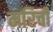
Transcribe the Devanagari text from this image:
मरिची